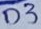
Text: D3